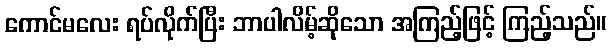
ကောင်မလေး ရပ်လိုက်ပြီး ဘာပါလိမ့်ဆိုသော အကြည့်ဖြင့် ကြည့်သည်။